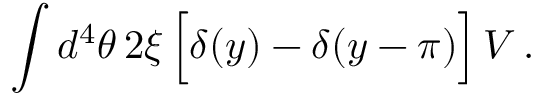
\int d ^ { 4 } \theta \, 2 \xi \, \Big [ \delta ( y ) - \delta ( y - \pi ) \Big ] \, V \, .